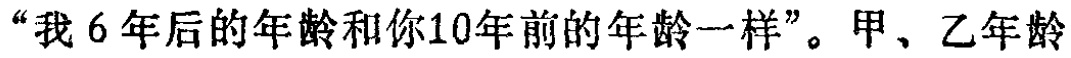
“我 6 年后的年龄和你10年前的年龄一样”。甲、乙年龄